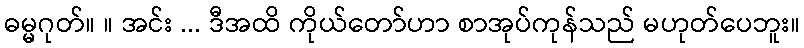
ဓမ္မဂုတ်။ ။ အင်း ... ဒီအထိ ကိုယ်တော်ဟာ စာအုပ်ကုန်သည် မဟုတ်ပေဘူး။